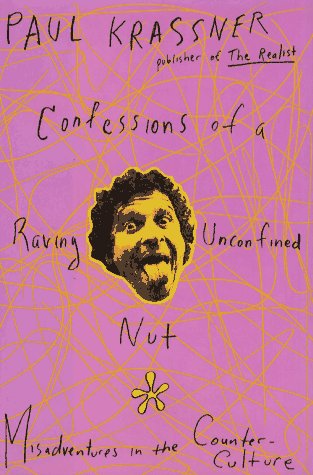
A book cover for Confessions of a Raving Unconfined Nut! Misadventures in the Counterculture; Paul Krassner; Humor & Entertainment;